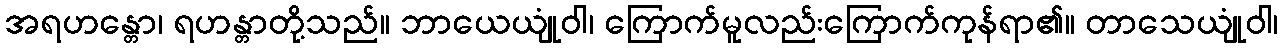
အရဟန္တော၊ ရဟန္တာတို့သည်။ ဘာယေယျုံဝါ၊ ကြောက်မူလည်းကြောက်ကုန်ရာ၏။ တာသေယျုံဝါ၊